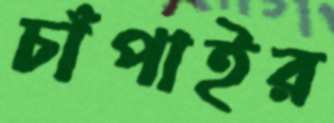
চাঁপাইর